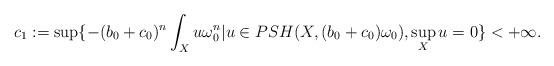
LaTeX: \begin{align*}c_1:=\sup\{-(b_0+c_0)^n\int_Xu\omega_0^n|u\in PSH(X,(b_0+c_0)\omega_0),\sup_Xu=0\}<+\infty.\end{align*}